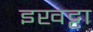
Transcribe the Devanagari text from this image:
इखट्टा